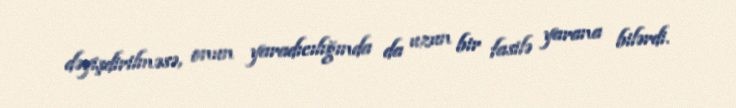
dəyişdirilməsə, onun yaradıcılığında da uzun bir fasilə yarana bilərdi.